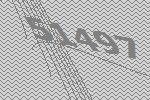
51497